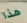
هذا